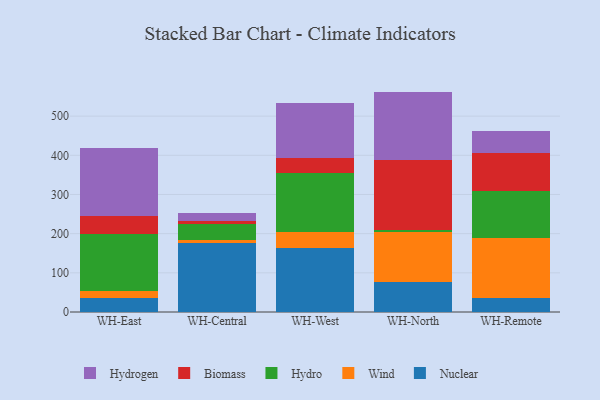
{"axis": {"x": "Warehouse", "y": "Revenue (USD Million)"}, "legend": ["Biomass", "Hydro", "Hydrogen", "Nuclear", "Wind"], "data": [{"x": "WH-East", "y": 36.6, "type": "Nuclear"}, {"x": "WH-East", "y": 16.2, "type": "Wind"}, {"x": "WH-East", "y": 147.3, "type": "Hydro"}, {"x": "WH-East", "y": 45.5, "type": "Biomass"}, {"x": "WH-East", "y": 173.4, "type": "Hydrogen"}, {"x": "WH-Central", "y": 175.1, "type": "Nuclear"}, {"x": "WH-Central", "y": 8.2, "type": "Wind"}, {"x": "WH-Central", "y": 41.3, "type": "Hydro"}, {"x": "WH-Central", "y": 8.1, "type": "Biomass"}, {"x": "WH-Central", "y": 19.4, "type": "Hydrogen"}, {"x": "WH-West", "y": 162.7, "type": "Nuclear"}, {"x": "WH-West", "y": 41.6, "type": "Wind"}, {"x": "WH-West", "y": 149.5, "type": "Hydro"}, {"x": "WH-West", "y": 38.2, "type": "Biomass"}, {"x": "WH-West", "y": 140.5, "type": "Hydrogen"}, {"x": "WH-North", "y": 77.1, "type": "Nuclear"}, {"x": "WH-North", "y": 127.8, "type": "Wind"}, {"x": "WH-North", "y": 5.5, "type": "Hydro"}, {"x": "WH-North", "y": 178.7, "type": "Biomass"}, {"x": "WH-North", "y": 173.5, "type": "Hydrogen"}, {"x": "WH-Remote", "y": 35.2, "type": "Nuclear"}, {"x": "WH-Remote", "y": 153.6, "type": "Wind"}, {"x": "WH-Remote", "y": 120.6, "type": "Hydro"}, {"x": "WH-Remote", "y": 96.7, "type": "Biomass"}, {"x": "WH-Remote", "y": 56.4, "type": "Hydrogen"}]}